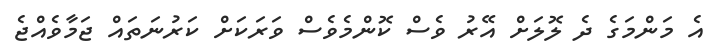
އެ މަންމަގެ ދެ ލޮލަށް އޭރު ވެސް ކޮންމެވެސް ވަރަކަށް ކަރުނަތައް ޖަމާވެއްޖެ